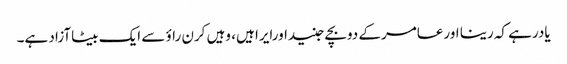
یادرہے کہ رینا اورعامرکے دوبچے جنیداورایرا ہیں، وہیں کرن راؤ سے ایک بیٹاآزاد ہے۔